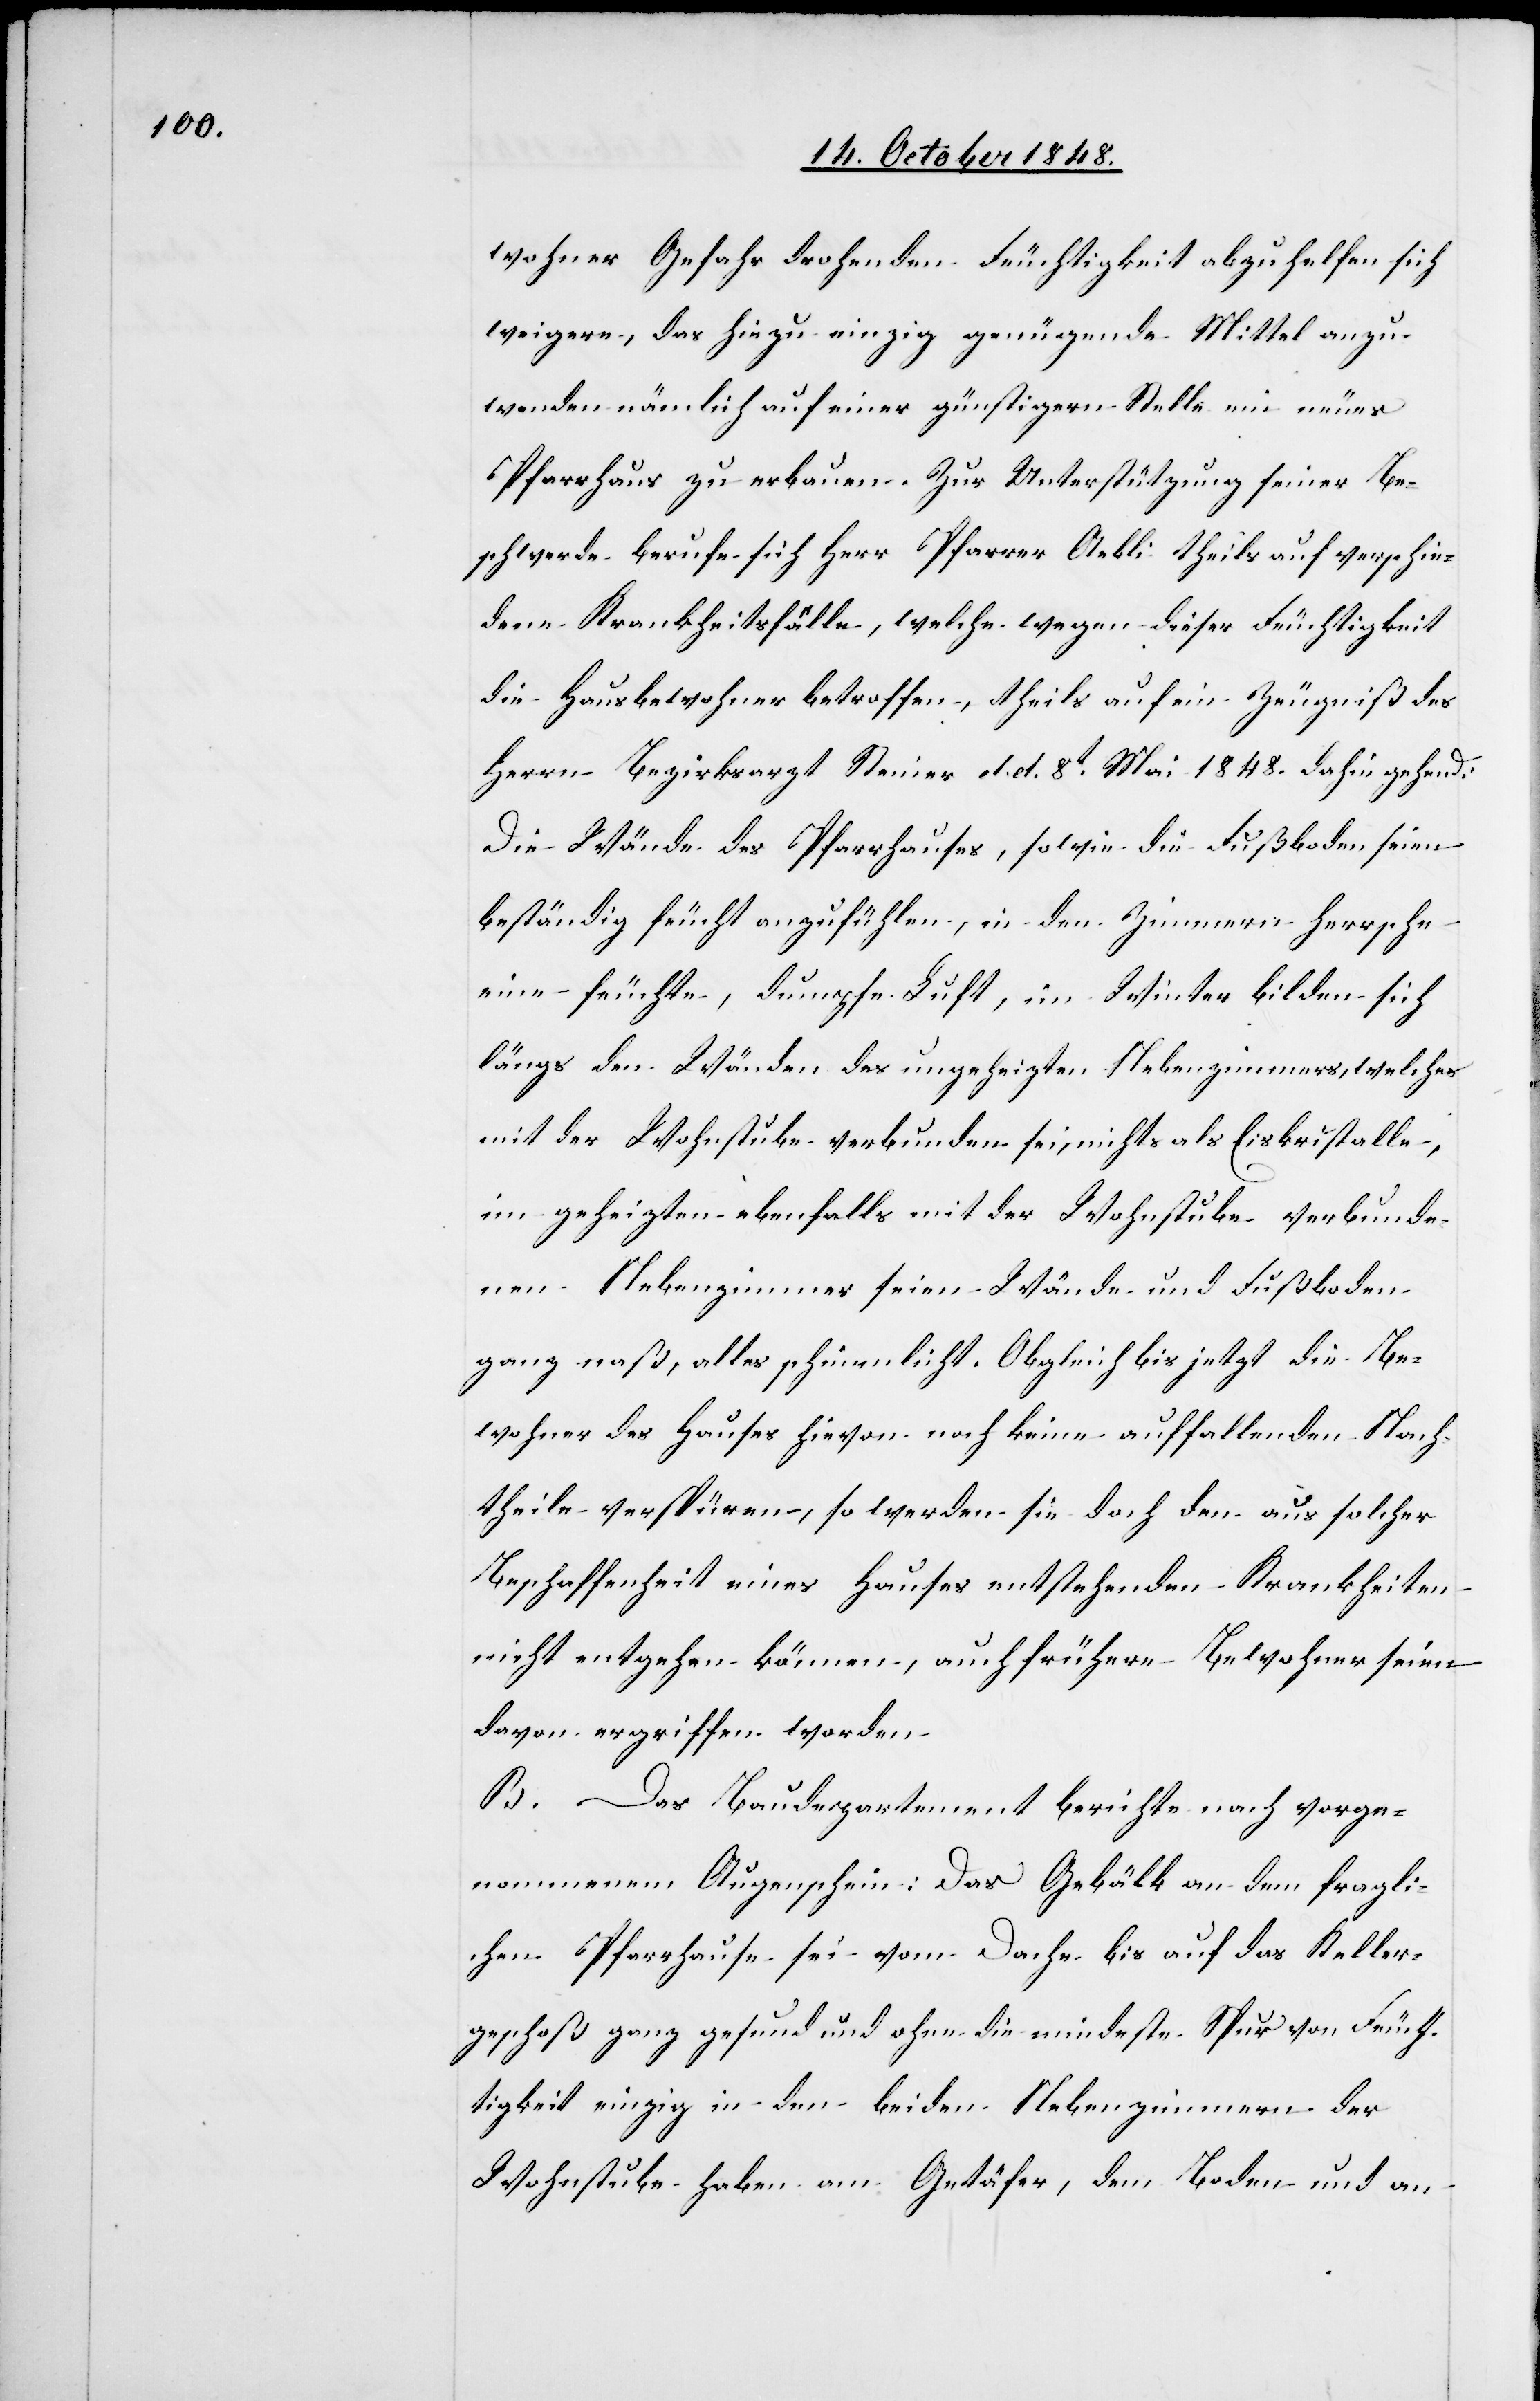
wohner Gefahr drohenden Feuchtigkeit abzuhelfen sich
weigere, das hiezu einzig genügende Mittel anzu¬
wenden nämlich auf einer günstigern Stelle ein neues
Pfarrhaus zu erbauen. Zur Unterstützung seiner Be¬
schwerde berufe sich Herr Pfarrer Aebli theils auf verschie¬
dene Krankheitsfälle, welche wegen dieser Feuchtigkeit
die Hausbewohner betroffen, theils auf ein Zeugniß des
Herrn Bezirksarzt Steiner d. d. 8t Mai 1848. dahin gehend:
Die Wände des Pfarrhauses, sowie die Fußboden seien
beständig feucht anzufühlen, in den Zimmern herrsche
eine feuchte, dumpfe Luft, im Winter bilde sich
längs den Wänden des ungeheizten Nebenzimmers, welches
mit der Wohnstube verbunden sei, nichts als Eiskristalle,
im geheizten ebenfalls mit der Wohnstube verbunde¬
nen Nebenzimmer seien Wände und Fußboden
ganz naß, alles schimmlicht. Obgleich bis jetzt die Be¬
wohner des Hauses hievon noch keine auffallenden Nach¬
theile verspüren, so werden sie doch den aus solcher
Beschaffenheit eines Hauses entstehenden Krankheiten
nicht entgehen können, auch frühere Bewohner seien
davon ergriffen worden.
B. Das Baudepartement berichte nach vorge¬
nommenem Augenschein: Das Gebälk an dem fragli¬
chen Pfarrhause sei vom Dache bis auf das Keller¬
geschoß ganz gesund und ohne die mindeste Spur von Feuch¬
tigkeit einzig in den beiden Nebenzimmern der
Wohnstube haben am Getäfer, dem Boden und an